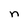
Character: n